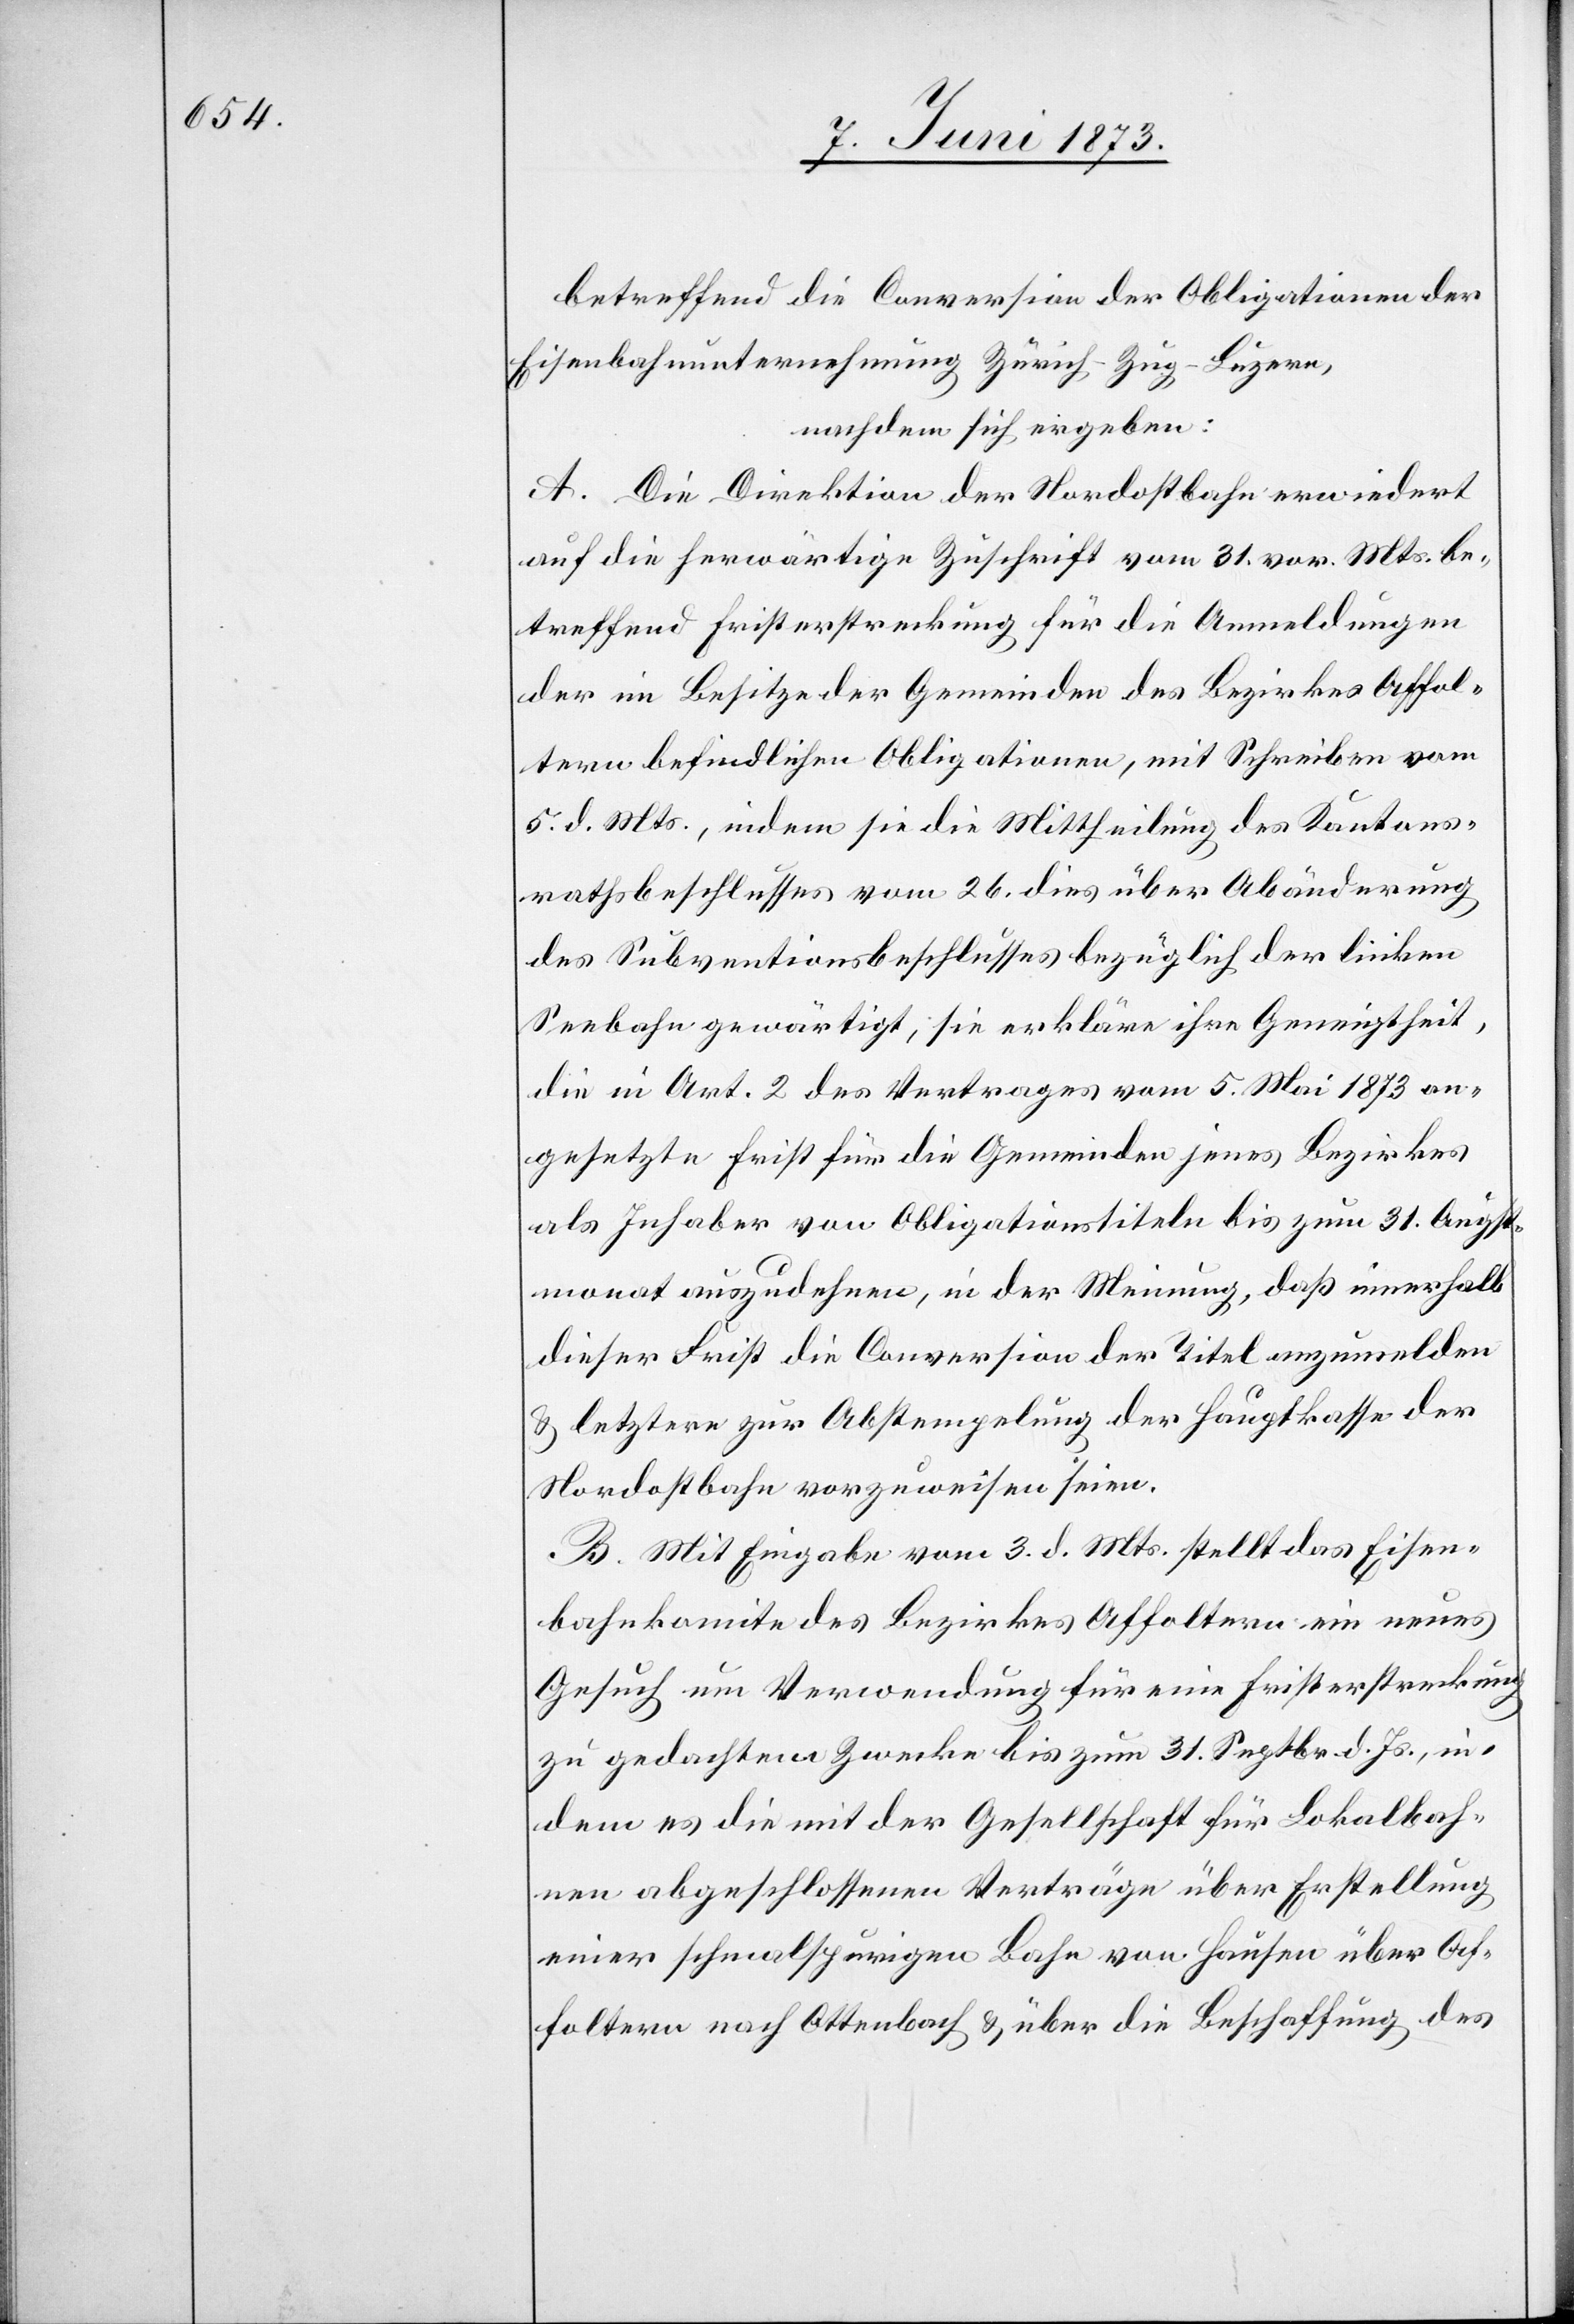
betreffend die Conversion der Obligationen der
Eisenbahnunternehmung Zürich–Zug–Luzern,
nachdem sich ergeben:
A. Die Direktion der Nordostbahn erwiedert
auf die herwärtige Zuschrift vom 31. vor. Mts. be¬
treffend Fristerstreckung für die Anmeldungen
der im Besitze der Gemeinden des Bezirkes Affol¬
tern befindlichen Obligationen, mit Schreiben vom
5. d. Mts., indem sie die Mittheilung des Kantons¬
rathsbeschlusses vom 26. dies über Abänderung
des Subventionsbeschlusses bezüglich der linken
Seebahn gewärtigt, sie erkläre ihre Geneigtheit,
die in Art. 2 des Vertrages vom 5. Mai 1873 an¬
gesetzte Frist für die Gemeinden jenes Bezirkes
als Inhaber von Obligationstiteln bis zum 31. Augst¬
monat auszudehnen, in der Meinung, daß innerhalb
dieser Frist die Conversion der Titel anzumelden
& letztere zur Abstempelung der Hauptkasse der
Nordostbahn vorzuweisen seien.
B. Mit Eingabe vom 3. d. Mts. stellt das Eisen¬
bahnkomite des Bezirkes Affoltern ein neues
Gesuch um Verwendung für eine Fristerstreckung
zu gedachtem Zwecke bis zum 31. Septbr. d. Js., in¬
dem es die mit der Gesellschaft für Lokalbah¬
nen abgeschlossenen Verträge über Erstellung
einer schmalspurigen Bahn von Hausen über Af¬
foltern nach Ottenbach & über die Beschaffung des